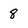
Character: 8